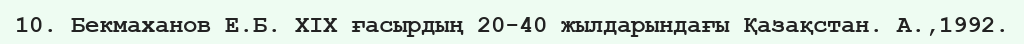
10. Бекмаханов Е.Б. ХІХ ғасырдың 20-40 жылдарындағы Қазақстан. А.,1992.